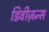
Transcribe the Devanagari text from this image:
डिवीज़न्स